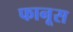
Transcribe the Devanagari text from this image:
फानूस